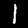
Digit: 1